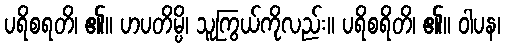
ပရိစရတိ၊ ၏။ ဟပတိမ္ပိ၊ သူကြွယ်ကိုလည်း။ ပရိစရိတိ၊ ၏။ ဝါပန၊